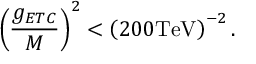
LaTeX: \left( { \frac { g _ { E T C } } { M } } \right) ^ { 2 } < \left( 2 0 0 \mathrm { T e V } \right) ^ { - 2 } .